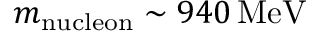
m _ { \mathrm { n u c l e o n } } \sim 9 4 0 \, \mathrm { M e V }